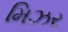
મિઝર